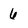
Character: 6